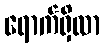
ရောက်ရှိလာ